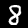
Label: 8